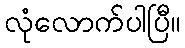
လုံလောက်ပါပြီ။